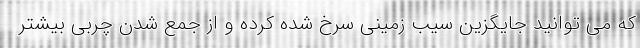
که می توانید جایگزین سیب زمینی سرخ شده کرده و از جمع شدن چربی بیشتر